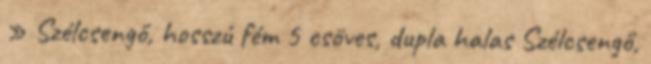
» Szélcsengő, hosszú fém 5 csöves, dupla halas Szélcsengő,